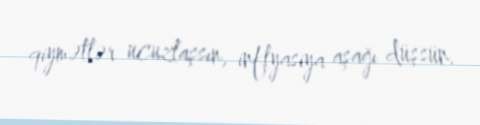
qiymətlər ucuzlaşsın, inflyasiya aşağı düşsün.